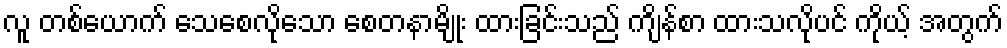
လူ တစ်ယောက် သေစေလိုသော စေတနာမျိုး ထားခြင်းသည် ကျိန်စာ ထားသလိုပင် ကိုယ့် အတွက်